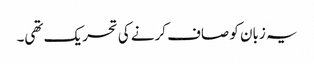
یہ زبان کو صاف کرنے کی تحریک تھی۔